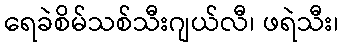
ရေခဲစိမ်သစ်သီးဂျယ်လီ၊ ဖရဲသီး၊